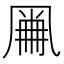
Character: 𠙘